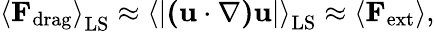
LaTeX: \left\langle{\mathbf F}_{\mathrm{drag}}\right\rangle_{\mathrm{LS}}\approx\left\langle{\lvert\mathbf{(u\cdot\nabla)u}\rvert}\right\rangle_{\mathrm{LS}}\approx\left\langle{\mathbf F}_{\mathrm{ext}}\right\rangle,